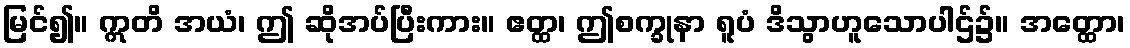
မြင်၍။ ဣတိ အယံ၊ ဤ ဆိုအပ်ပြီးကား။ ဧတ္ထ၊ ဤစက္ခုနာ ရူပံ ဒိသွာဟူသောပါဌ်၌။ အတ္ထော၊